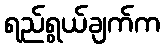
ရည်ရွယ်ချက်က